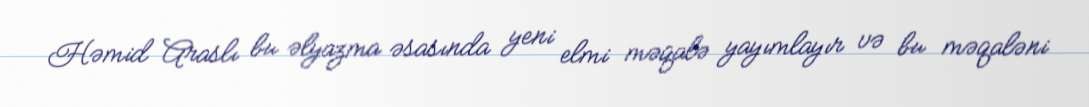
Həmid Araslı bu əlyazma əsasında yeni elmi məqalə yayımlayır və bu məqaləni